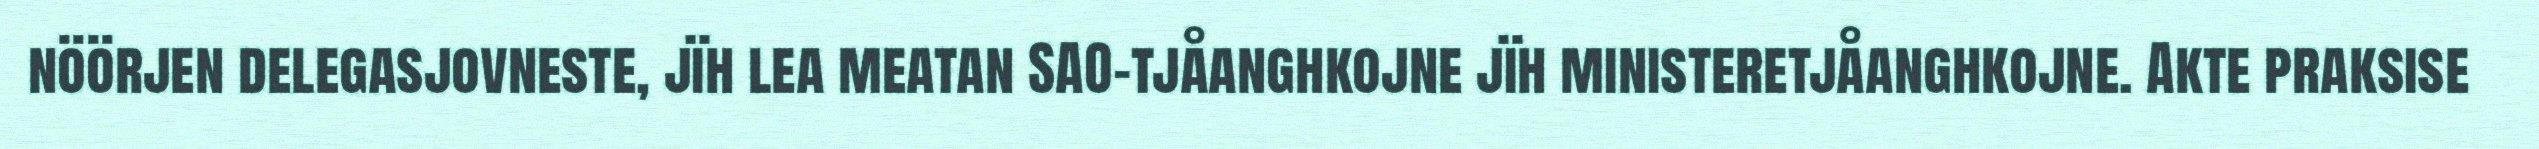
nöörjen delegasjovneste, jïh lea meatan SAO-tjåanghkojne jïh ministeretjåanghkojne. Akte praksise